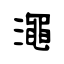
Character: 澠